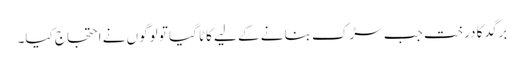
برگد کا درخت جب سڑک بنانے کے لیے کاٹا گیا تو لوگوں نے احتجاج کیا۔